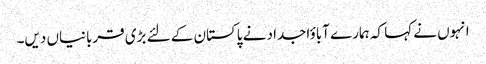
انہوں نے کہا کہ ہمارے آباؤاجداد نے پاکستان کے لئے بڑی قربانیاں دیں۔